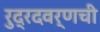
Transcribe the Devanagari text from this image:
रुद्रदवर्णची